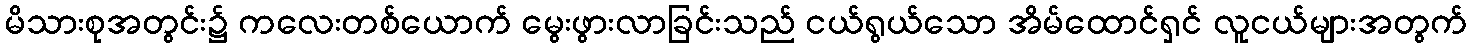
မိသားစုအတွင်း၌ ကလေးတစ်ယောက် မွေးဖွားလာခြင်းသည် ငယ်ရွယ်သော အိမ်ထောင်ရှင် လူငယ်များအတွက်